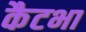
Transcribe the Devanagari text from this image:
कैटभा